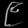
Digit: ၉